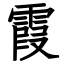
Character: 霞